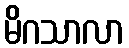
မိဂသာလာ